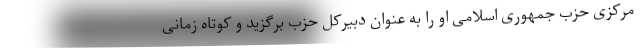
مرکزی حزب جمهوری اسلامی او را به عنوان دبیرکل حزب برگزید و کوتاه زمانی